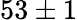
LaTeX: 53\pm 1